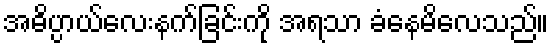
အဓိပ္ပာယ်လေးနက်ခြင်းကို အရသာ ခံနေမိလေသည်။